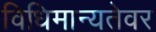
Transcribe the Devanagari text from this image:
विधिमान्यतेवर